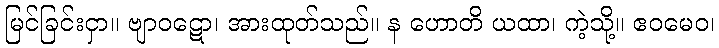
မြင်ခြင်းငှာ။ ဗျာဝဋော၊ အားထုတ်သည်။ န ဟောတိ ယထာ၊ ကဲ့သို့။ ဧဝမေဝ၊